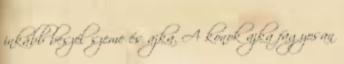
inkább beszél szeme és ajka. A konok ajka fagyosan